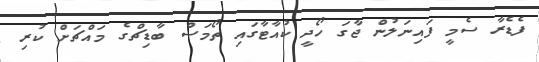
ފެޑެރާ ސެމީ ފައިނަލުން ޖާގަ ހޯދީ ކުއާޓާގައި ތޯމަސް ބާޑިޗްގެ މައްޗަށް ކުރި